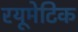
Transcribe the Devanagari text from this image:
रयूमेटिक